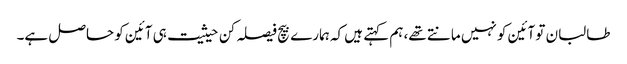
طالبان تو آئین کو نہیں مانتے تھے، ہم کہتے ہیں کہ ہمارے بیچ فیصلہ کن حیثیت ہی آئین کو حاصل ہے۔